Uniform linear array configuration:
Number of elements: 12
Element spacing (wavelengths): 0.5
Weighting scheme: binomial
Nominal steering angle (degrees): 45
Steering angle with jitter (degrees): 45.273
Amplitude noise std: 0.05
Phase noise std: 0.05

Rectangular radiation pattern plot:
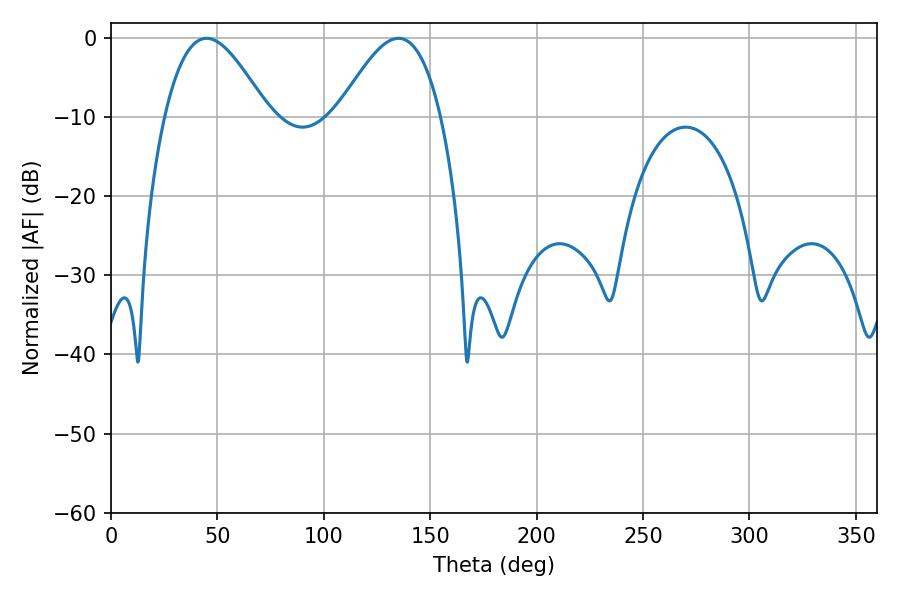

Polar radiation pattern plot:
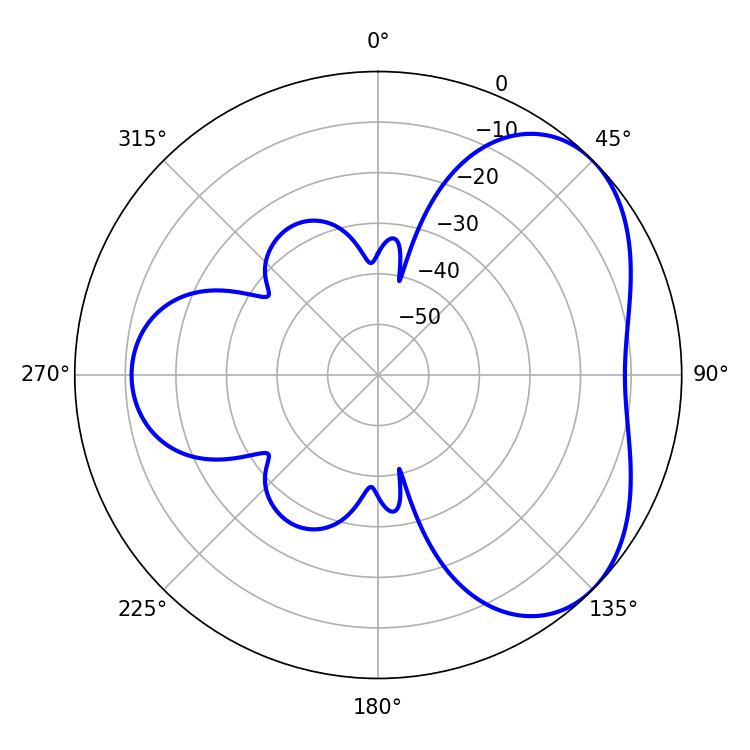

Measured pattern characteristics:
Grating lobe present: FALSE
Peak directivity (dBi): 4.458
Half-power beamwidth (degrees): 26.1
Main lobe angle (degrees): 44.82